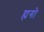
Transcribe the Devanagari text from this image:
ह्यगो